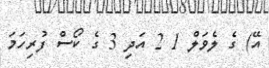
އޭ) ގެ ލެވަލް 1 2 އަދި 3 ގެ ކޯސް ފުރިހަމަ